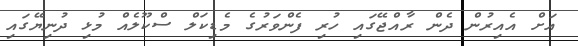
އަށް އެއިރުން ދެން ރާއްޖޭގައި ހުރި ފެންވަރުގެ މެޑިކަލް ސްކޫލެއް މުޅި ދުނިޔޭގައި